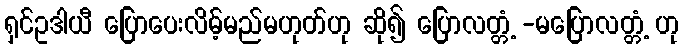
ရှင်ဥဒါယီ ပြောပေးလိမ့်မည်မဟုတ်ဟု ဆို၍ ပြောလတ္တံ့ -မပြောလတ္တံ့ ဟု